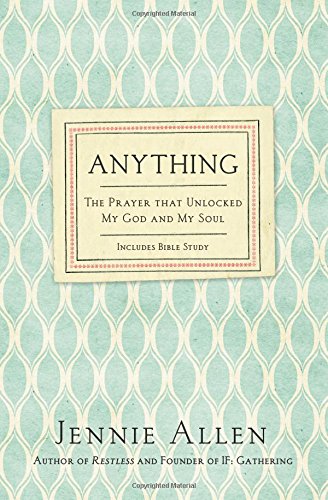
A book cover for Anything: The Prayer That Unlocked My God and My Soul; Jennie Allen; Christian Books & Bibles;